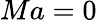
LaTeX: Ma=0